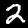
Label: 2